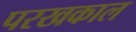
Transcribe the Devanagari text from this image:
परखकाल